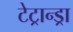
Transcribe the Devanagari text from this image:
टेट्रान्ड्रा